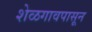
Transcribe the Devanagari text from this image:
शेळगावपासून